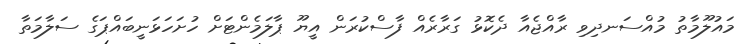
މައުލޫމާތު މުއްސަނދިވި ރާއްޖެއާ ދެކޮޅު ގަރާރެއް ފާސްކުރަން އީޔޫ ޕާލަމެންޓަށް ހުށަހަޅަނީބައްޕަގެ ސަލާމަތާ